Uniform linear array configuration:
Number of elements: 16
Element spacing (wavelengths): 0.75
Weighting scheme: hamming
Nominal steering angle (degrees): -15
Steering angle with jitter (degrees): -14.459
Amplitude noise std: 0.05
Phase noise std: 0.05

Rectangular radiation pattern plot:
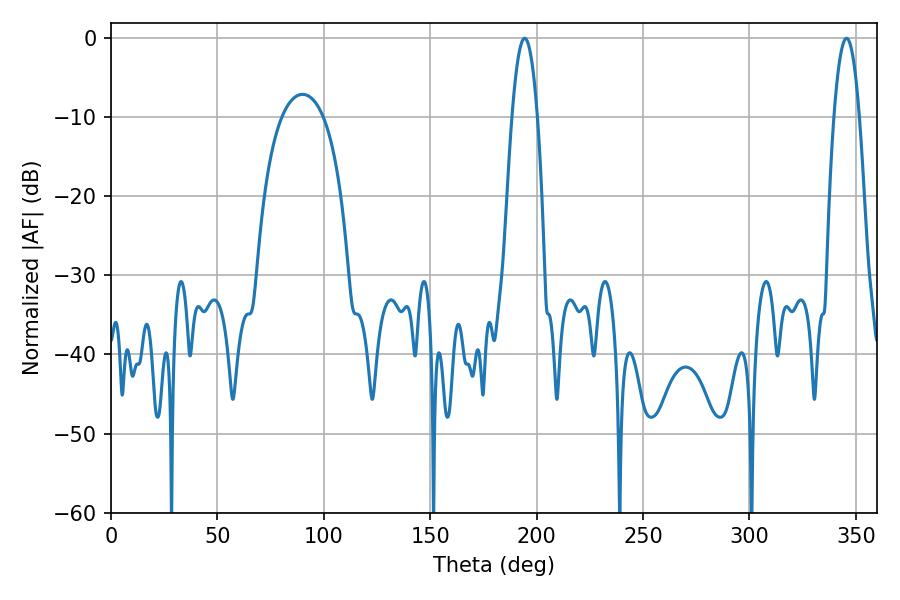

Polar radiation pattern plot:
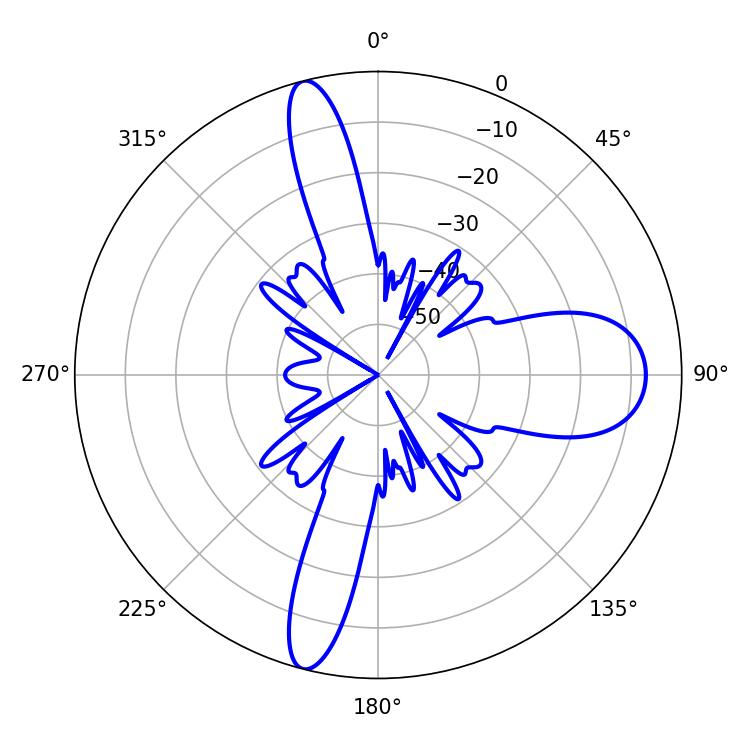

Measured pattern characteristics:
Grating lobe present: TRUE
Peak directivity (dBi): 24.573
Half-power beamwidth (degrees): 6.48
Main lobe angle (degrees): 345.6